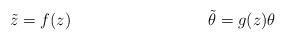
LaTeX: \begin{align*}\tilde{z} &= f(z) & \tilde{\theta} &= g(z) \theta\end{align*}